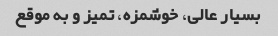
بسیار عالی، خوشمزه، تمیز و به موقع